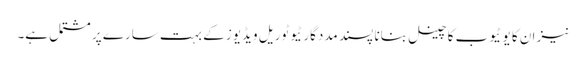
نیز ان کا یو ٹیوب کا چینل بنانا پسند مددگار ٹیوٹوریل ویڈیوز کے بہت سارے پر مشتمل ہے۔